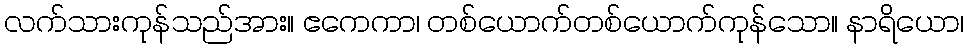
လက်သားကုန်သည်အား။ ဧကေကာ၊ တစ်ယောက်တစ်ယောက်ကုန်သော။ နာရိယော၊